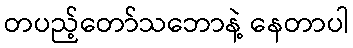
တပည့်တော်သဘောနဲ့ နေတာပါ